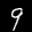
Label: 9